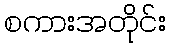
စကားအတိုင်း